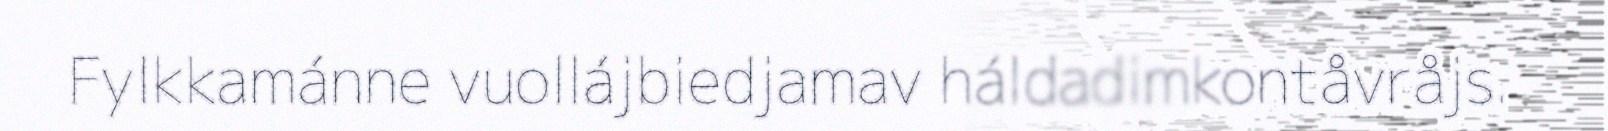
Fylkkamánne vuollájbiedjamav háldadimkontåvråjs.